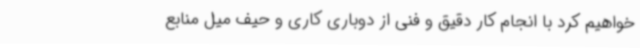
خواهیم کرد با انجام کار دقیق و فنی از دوباری کاری و حیف میل منابع